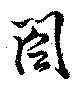
閤